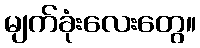
မျက်ခုံးလေးတွေ။